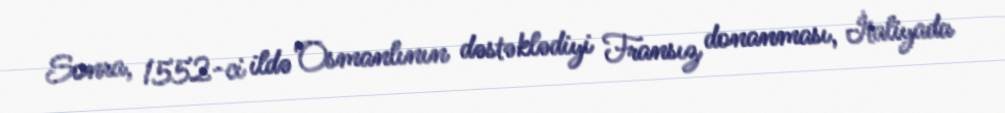
Sonra, 1552-ci ildə Osmanlının dəstəklədiyi Fransız donanması, İtaliyada